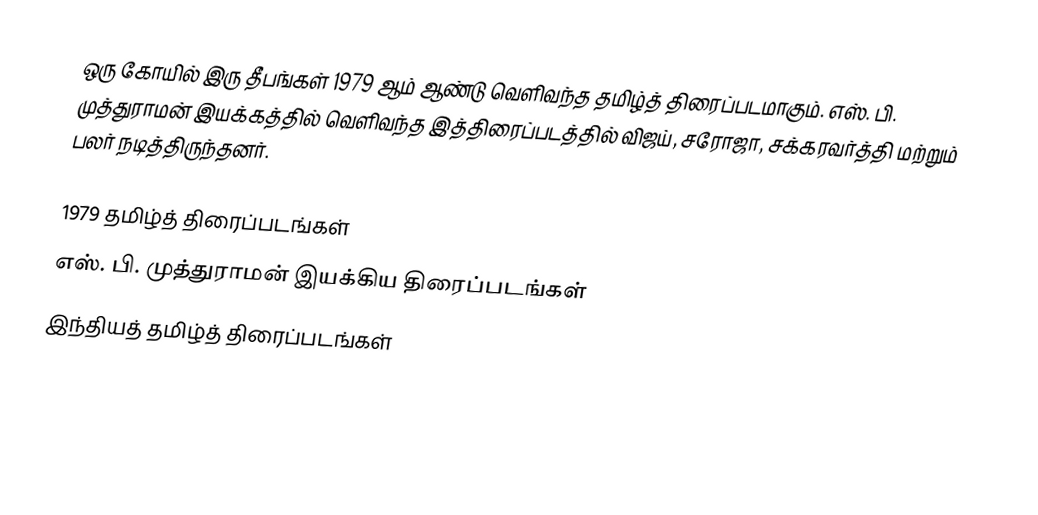
ஒரு கோயில் இரு தீபங்கள் 1979 ஆம் ஆண்டு வெளிவந்த தமிழ்த் திரைப்படமாகும். எஸ். பி. முத்துராமன் இயக்கத்தில் வெளிவந்த இத்திரைப்படத்தில் விஜய், சரோஜா, சக்கரவர்த்தி மற்றும் பலர் நடித்திருந்தனர்.

1979 தமிழ்த் திரைப்படங்கள்
எஸ். பி. முத்துராமன் இயக்கிய திரைப்படங்கள்
இந்தியத் தமிழ்த் திரைப்படங்கள்